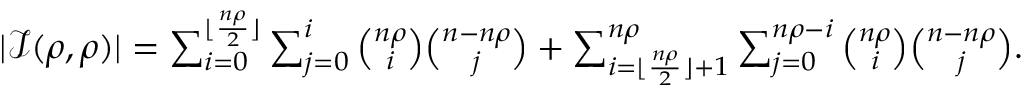
\begin{array} { r } { | \mathcal { I } ( \rho , \rho ) | = \sum _ { i = 0 } ^ { \lfloor \frac { n \rho } { 2 } \rfloor } \sum _ { j = 0 } ^ { i } { \binom { n \rho } { i } } { \binom { n - n \rho } { j } } + \sum _ { i = \lfloor \frac { n \rho } { 2 } \rfloor + 1 } ^ { n \rho } \sum _ { j = 0 } ^ { n \rho - i } { \binom { n \rho } { i } } { \binom { n - n \rho } { j } } . } \end{array}